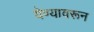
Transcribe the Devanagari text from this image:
येण्यावरून